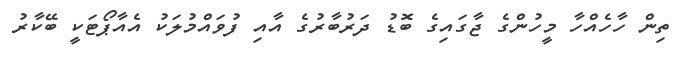
ތިން ހާހެއްހާ މީހުންގެ ޖާގައިގެ ބޮޑު ދަރުބާރުގެ އާއި ފުވައްމުލަކު އެއާޕޯޓަކީ ބޭކާރު